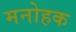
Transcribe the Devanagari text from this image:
मनोहक